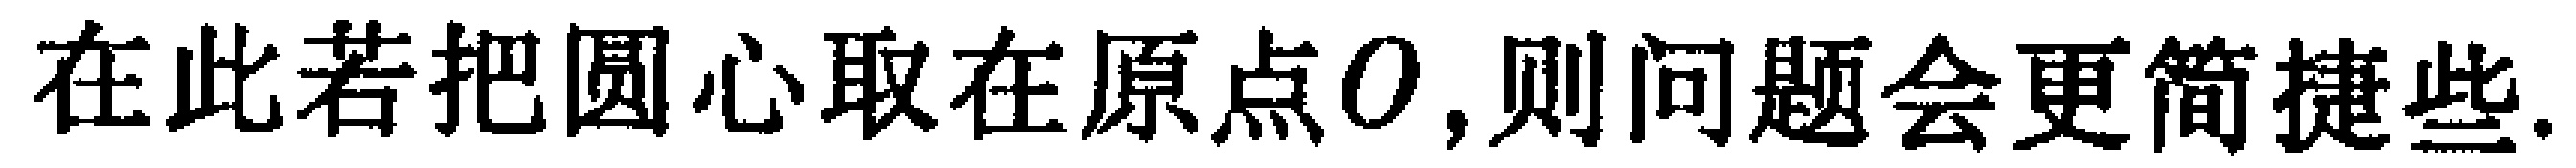
在此若把圆心取在原点\(O\),则问题会更简捷些.